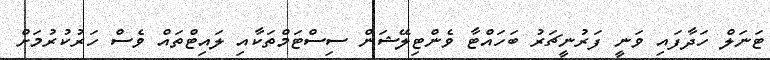
ޓަނަލް ހަދާފައި ވަނީ ފަރުނީޗަރު ބަހައްޓާ ވެންޓިލޭޝަން ސިސްޓަމްތަކާއި ލައިޓްތައް ވެސް ހަރުކުރުމަށް